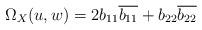
LaTeX: \begin{align*} \Omega_X(u,w) = 2b_{11}\overline{b_{11}} + b_{22}\overline{b_{22}} \end{align*}